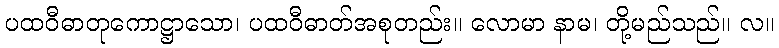
ပထဝီဓာတုကောဋ္ဌာသော၊ ပထဝီဓာတ်အစုတည်း။ လောမာ နာမ၊ တို့မည်သည်။ လ။